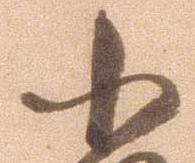
小